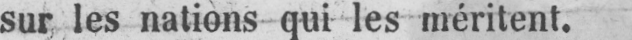
sur les nations qui les méritent.